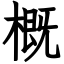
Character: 概